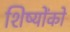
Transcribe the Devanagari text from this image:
शिष्योंको